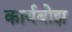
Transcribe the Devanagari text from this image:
कार्यबोझ